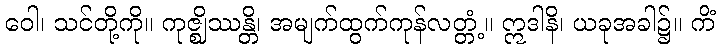
ဝေါ၊ သင်တို့ကို။ ကုဇ္ဈိဿန္တိ၊ အမျက်ထွက်ကုန်လတ္တံ့။ ဣဒါနိ၊ ယခုအခါ၌။ ကိံ